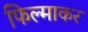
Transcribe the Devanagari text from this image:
फिल्माकर